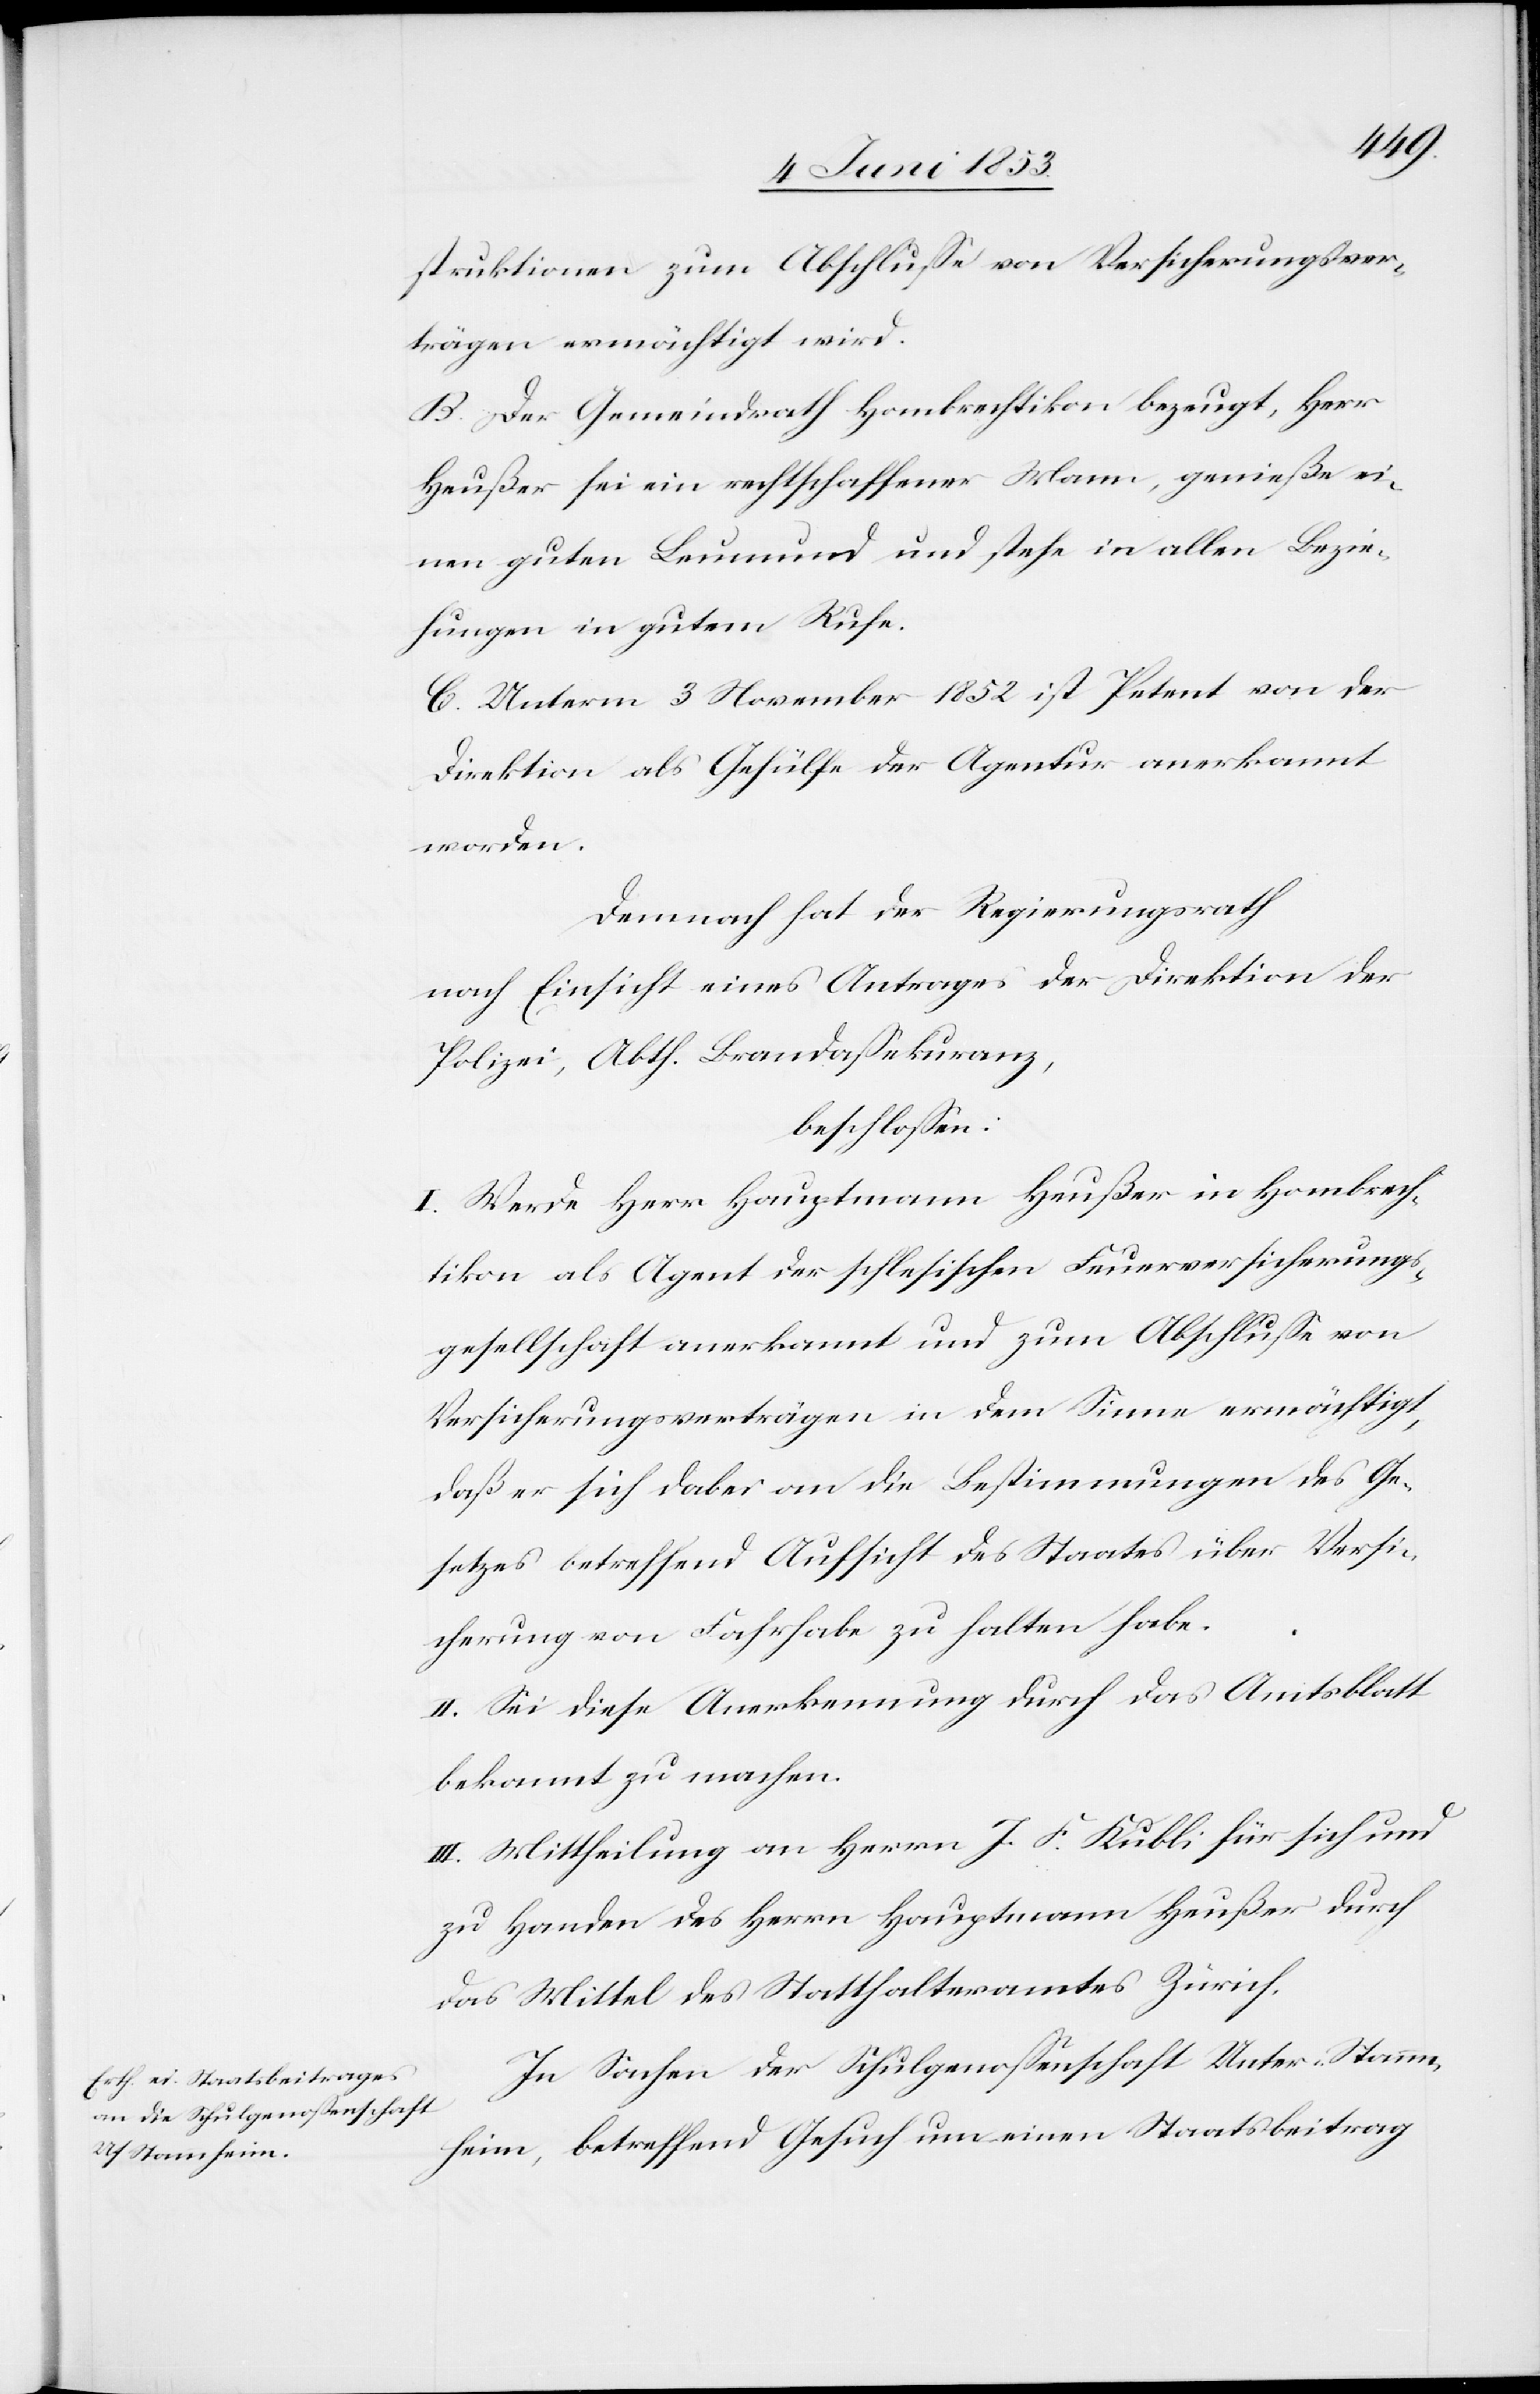
struktionen zum Abschluße von Versicherungsver¬
trägen ermächtigt wird.
B. Der Gemeindrath Hombrechtikon bezeugt, Herr
Heußer sei ein rechtschaffener Mann, genieße ei¬
nen guten Leumund und stehe in allen Bezie¬
hungen in gutem Rufe.
C. Unterm 3 November 1852 ist Petent von der
Direktion als Gehülfe der Agentur anerkannt
worden.
Demnach hat der Regierungsrath
nach Einsicht eines Antrages der Direktion der
Polizei, Abth. Brandaßekuranz,
beschloßen:
I. Werde Herr Hauptmann Heußer in Hombrech¬
tikon als Agent der schlesischen Feuerversicherungs¬
gesellschaft anerkannt und zum Abschluße von
Versicherungsverträgen in dem Sinne ermächtigt,
daß er sich dabei an die Bestimmungen des Ge¬
setzes betreffend Aufsicht des Staates über Versi¬
cherung von Fahrhabe zu halten habe.
II. Sei diese Anerkennung durch das Amtsblatt
bekannt zu machen.
III. Mittheilung an Herrn J. F. Kubli für sich und
zu Handen des Herrn Hauptmann Heußer durch
das Mittel des Statthalteramtes Zürich.
In Sachen der Schulgenoßenschaft Unter-Stamm¬
heim, betreffend Gesuch um einen Staatsbeitrag